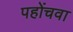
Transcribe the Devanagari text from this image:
पहोंचवा